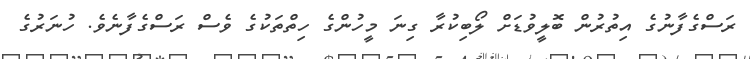
ރަސްގެފާނުގެ އިތުރުން ބޮލީވުޑަށް ލޯބިކުރާ ގިނަ މީހުންގެ ހިތްތަކުގެ ވެސް ރަސްގެފާނެވެ. ހުނަރުގެ